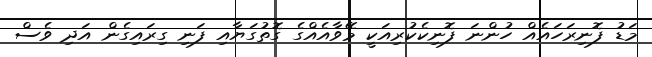
މަޑު ފޮނިރަހައެއް ހުންނަ ފޮނިކެކުރިއަކީ މޭވާއެއްގެ ގޮތުގަޔާއި ފަނި ގިރައިގެން އަދި ވެސް